Annual statistical returns and brief notes on vaccination in Bengal - 1896-1909
Year: 1896
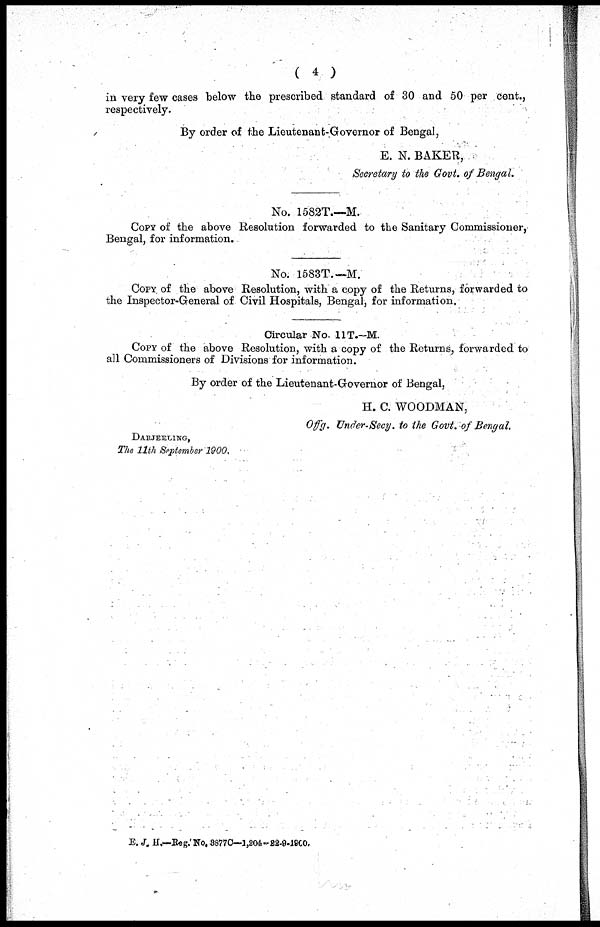
( 4 )
in very few cases below the prescribed standard of 30 and 50 per cent.,
respectively.
By order of the Lieutenant-Governor of Bengal,
E. N. BAKER,
Secretary to the Govt. of Bengal.
No. 1582T—M.
COPY of the above Resolution forwarded to the Sanitary Commissioner,
Bengal, for information.
No. 1583T.—M.
COPY of the above Resolution, with a copy of the Returns, forwarded to
the Inspector-General of Civil Hospitals, Bengal, for information.
Circular No. 11T.—M.
COPY of the above Resolution, with a copy of the Returns, forwarded to
all Commissioners of Divisions for information.
By order of the Lieutenant-Governor of Bengal,
H. C. WOODMAN,
Offg. Under-Secy. to the Govt. of Bengal.
DARJEELING,
The 11th September 1900.
E. J. H.—Reg. No. 3877C—1,204-22-9-1900.